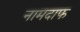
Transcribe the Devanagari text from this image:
नामदाफ